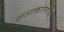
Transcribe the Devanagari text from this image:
शलाकांतरीया